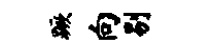
蹶向剔